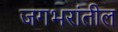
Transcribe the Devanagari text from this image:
जगभरांतील